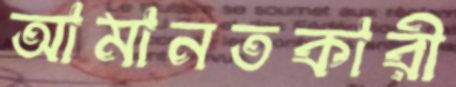
আমানতকারী